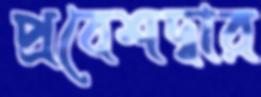
প্রবেশদ্বার